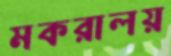
মকরালয়